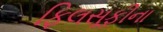
ફિલસૂફીના